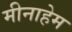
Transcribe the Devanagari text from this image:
मीनाहेम